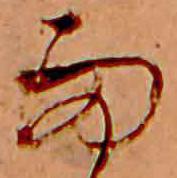
雨